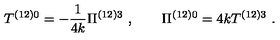
T ^ { \left( 1 2 \right) 0 } = - \frac { 1 } { 4 k } \Pi ^ { \left( 1 2 \right) 3 } \ , \qquad \Pi ^ { ( 1 2 ) 0 } = 4 k T ^ { ( 1 2 ) 3 } \ .